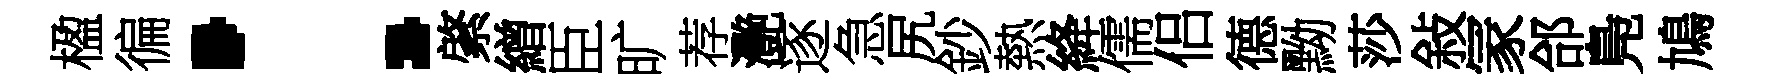
楹徧：綮繒臣旷荐灧逐急尻鈔熱絳儒侣德黝莎敍冡郃鳬鳩